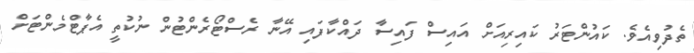
ތެދުވިއެވެ. ކައުންޓަރު ކައިރިއަށް އައިސް ފައިސާ ދައްކާފައި އޭނާ ރެސްޓޯރެންޓުން ނުކުތީ އެޕާޓްމެންޓަށް